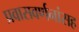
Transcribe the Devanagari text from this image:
प्रवासवर्णनांसह